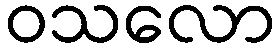
ဝသလော